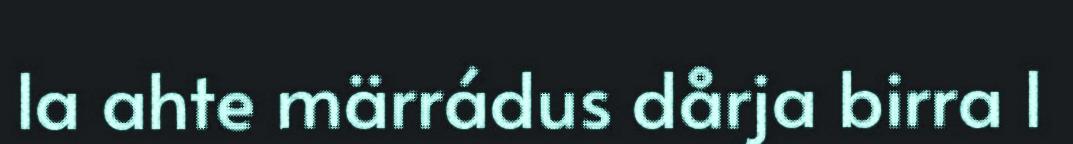
la ahte märrádus dårja birra l